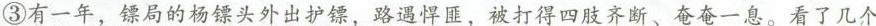
③有一年，镖局的杨镖头外出护镖，路遇悍匪、被打得四肢齐断、奄奄一息。看了几个大夫，均是摇头叹息。后来找到赵三贴，接上断骨，贴了膏药，到了一个月头上，就打拳练棒了。杨镖头很是感激，花重金为赵家正骨堂做一牌匾，并请书法名家题写了”赵三贴”三个大字。自此，赵三贴名声更盛。④自古道：同行是冤家。在城北也有一家治骨伤的老字号，主家姓孙，人称”孙接骨”。自从赵三贴名声大盛后，这孙家的生意就日渐冷清。孙接骨就恨上了赵三贴，逢人便讲赵三贴是江湖野医，根本不懂接骨续骨之正法。赵三贴听到传言也不生气，依然乐呵呵地配药接骨。⑤一日上午，赵家正骨堂突然闹嚷嚷抬进一个伤者。这人正是街面上的一个混混儿，名叫马三。但见他左脚低垂，小腿红肿，显然是左小腿骨断了。⑥正位，接骨，贴膏药。正当赵三贴准备上夹板时，马三吸潮着嘴，阴阳怪气地道：都说你赵三贴擅接骨、骨药神，马爷我这腿，你确保能接好吗?⑦赵三贴淡然一笑，不紧不慢地道：一贴正骨、二贴生肌、三贴闭合，不出三七二十一天，定能让你走。⑧呵，好大的口气！马三一撇嘴，到时我这腿要是不好，可要碰你的招牌！⑨赵三贴就知道是遇上找的了，轻笑一声，不再多言⑩二十一天后的下的，十多个无赖抬着马三，骂骂咧咧地闯进赵家正骨堂。⑩一进门，马三就指着赵三贴大骂，你他娘的什么赵三贴?说什么二十一天准能行走，现在你给我睁眼瞧瞧，老子的腿接好了?①赵三贴一愣，走上前细看马三的伤处，但见左腿依然红肿，一只脚无力地垂着，竟是没接上！待伸手去摸断骨的部位，不禁心中一惊，豆大的汗珠顺额头消”赵三贴”的那面牌⑩弟兄们，给我砸！马三一声喊，众无赖早已跑出受外，摘掉写匾，稀里哗啦，一通猛”④赵三贴也不讲话，脸上依然带着笑，抄起一把大扫帚，慢悠悠地清扫地上的碎匾。⑤再说孙接骨，听说赵家招牌被砸，高兴得又是放鞭炮新药，盖过赵二k-年；⑩转眼到：币一大，孙接骨带着徒弟，去城四 十里的龙山采药。孙接骨从崖上掉下，竟硬生生把脊椎骨给锌折了。其徒弟再三，也没能将他的新骨续上。正当孙家人哭天抢地、一哥莫辰时，赵三贴竟背着药箱，上”订一桌酒席，答谢赵三贴。席间，孙说起当年与二子，当初马三的断骨本是齐，伤在膝下四寸；第二的'是斜砖伤在膝下五寸，显然是外力挫伤所致。而细观挂断其腿骨的手次再我，断的是时有些震惊，这生生将人闭合之骨再次挫，也未法，正是你家的分免太有上赵三贴又道：其实，孙兄不知，我们行医之人，招牌不在店门，金在病人的心故此，你虽让人了我的招牌，却无法砸去病人对我的信任。一旁的孙接骨，早已听得又羞又慎……15.本文主要写了与赵三贴有关的四件事，请用简洁的语言概括其他三件事。(3分)②④孙接骨伤愈后答谢赵三贴，说出真相。16.赏析第②段画线句的表达效果。(2分)17.阅读全文，简要概括赵三贴的性格特点。(2分)18.说说第 $$\overline{19}$$ 段画线句的含义。(2分)